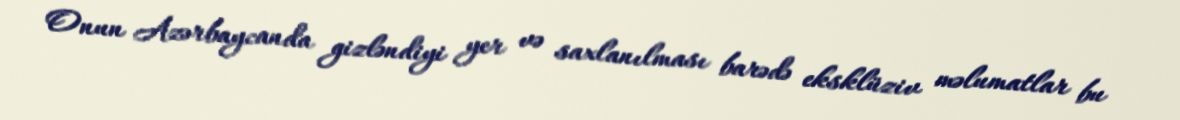
Onun Azərbaycanda gizləndiyi yer və saxlanılması barədə eksklüziv məlumatlar bu